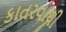
કાતરવાથી